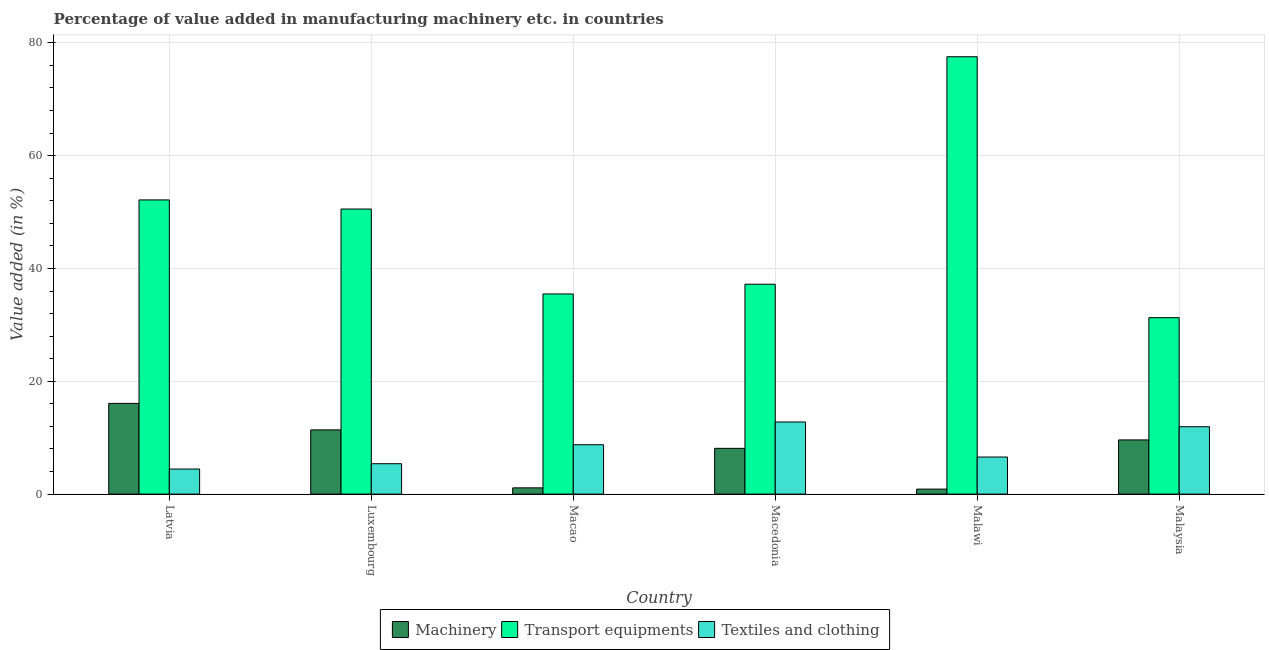
| Country | Machinery | Transport equipments | Textiles and clothing |
 | --- | --- | --- | --- |
 | Latvia | 16.1 | 52.1 | 4.45 |
 | Luxembourg | 11.4 | 50.5 | 5.39 |
 | Macao | 1.11 | 35.5 | 8.75 |
 | Macedonia | 8.11 | 37.2 | 12.8 |
 | Malawi | 0.887 | 77.5 | 6.57 |
 | Malaysia | 9.6 | 31.3 | 11.9 |